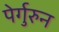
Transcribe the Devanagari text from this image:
पेर्गुरुन